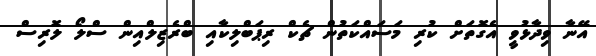
އޭނާ ވިދާޅުވީ އެގޮތަށް ކުރި މަަސައްކަތުން ޗެކް ރިޕަބްލިކާއި ބްރެޒިލްއިން ސްލޯ ލޮރިސް